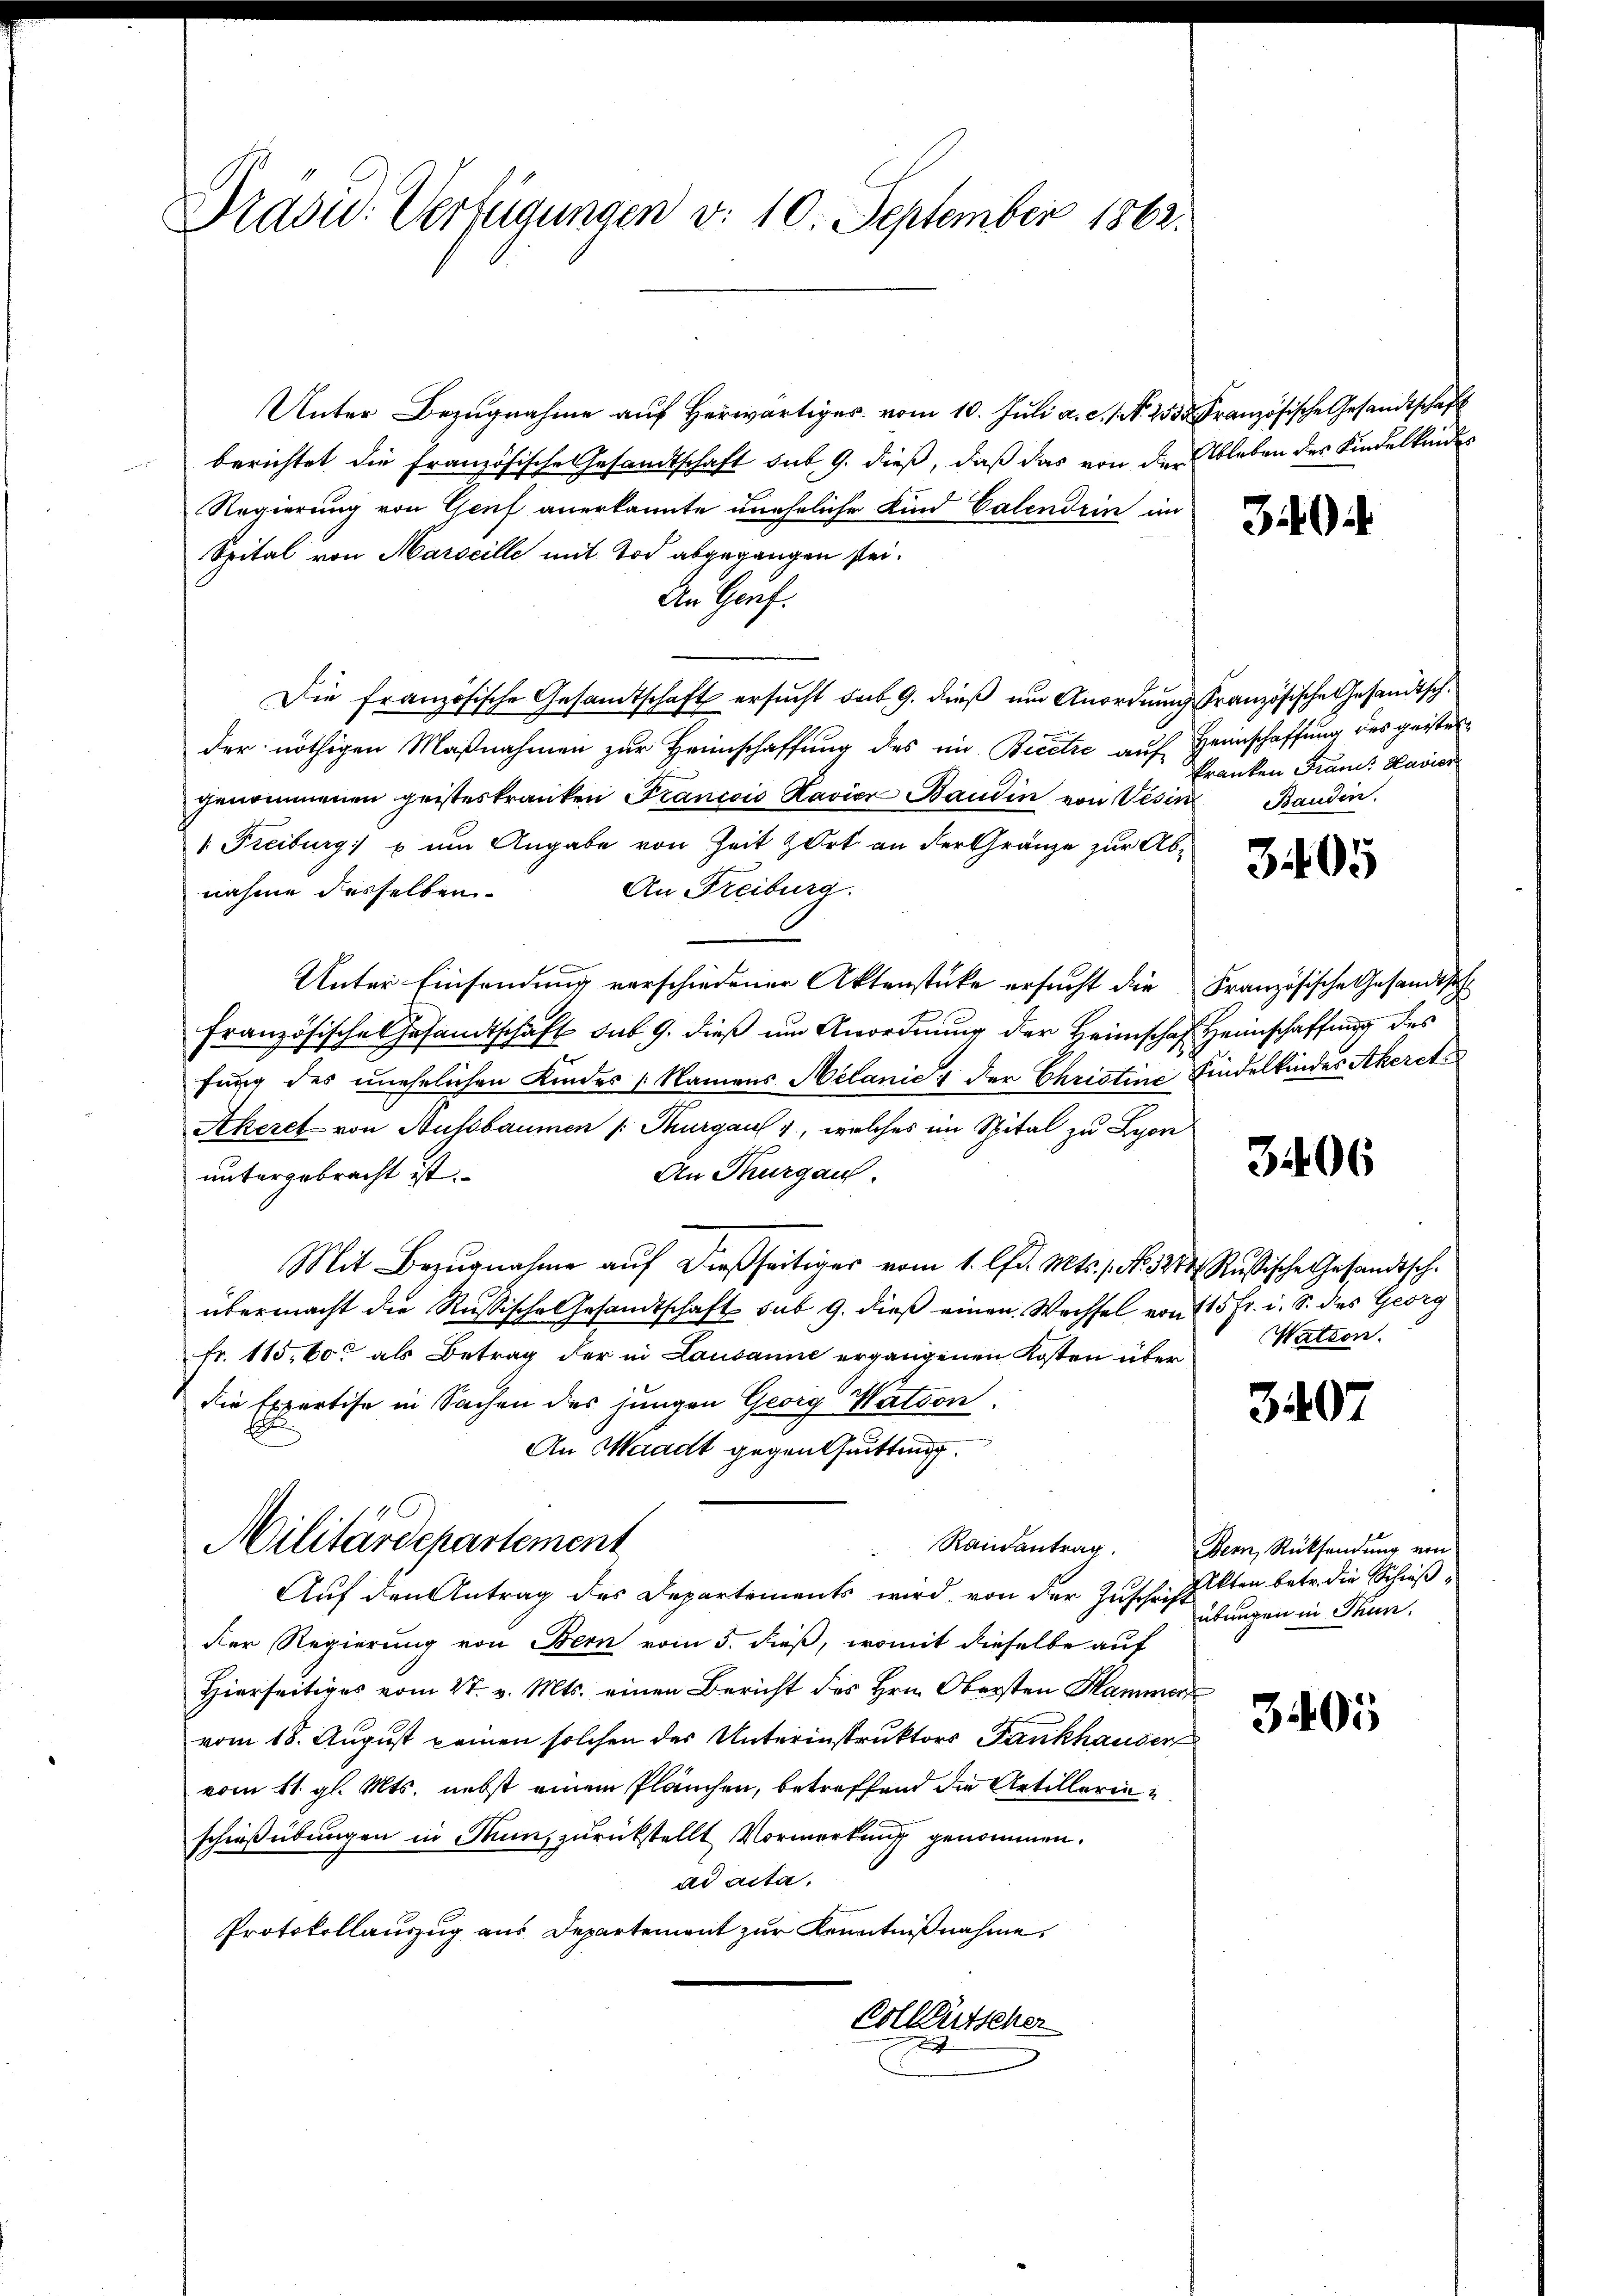
Brasid. Verfügungen v. 10. September 1862.

Unter Bezŭgnahme aŭf herwärtiger vom 10. Juli a.c. (N. 253 Französische Gesandtschaft
berichtet die Französische Gesandtschaft sut 9. dieß, daß das von der Ableben des Kindelkender
Regierung von Genf anerkannte uneheliche Kind Calendrin im
Spital von Marseille mit Tod abgegangen sei.
An Genf.
Die französische Gesamtschaft ersucht dab. 9. dieß um Anordnung französische Gesandtschder nöthigen Maßnahmen zur Heimschaffung des in Bicetze auf Heimschaffung des geister
genommenen geisteskranken Francois Kavier Baudin von Vesin
 Freiburg) u um Angabe von Zeit zart an der Gränze zur Ab¬
An Freiburg.
nahme desselben.
Unter Einsendung verschiedener Aktenstücke ersucht die Französische Gesandtsch
Französische Gesandtschaft sub 9. dieß um Anordnung der Heimschaf Heimschaffung des
fung des unehelichen Kindes Namens Melanić der Christine Kindelkinder Akeret
Akeret von Aussbaumen /: Thurgau, welches im Spital zu Lyon
An Thurgau.
untergebracht ist.
Mit Bezŭgnahme aŭf dießseitiger vom 1. lfd. Mts., N. 284, Rußische Gesandtsch-
übermacht die Russische Gesandtschaft sub 9. dieß einen Wechsel von 15 fr. i. S. des Georg
Fr. 115,60 als Betrag der in Lausanne ergangenen Kosten über
die Expertise in Sachen des jungen Georg Wation.
E
An Waadt gegen trittung.
Militärdepartement
Randantrag.
Auf den Antrag des Departements wird von der Zuschrift
der Regierung von Bern vom 5. dieß, womit dieselbe auf
Hierseitiges vom 27. v. Mts. einen Bericht des Hrn. Obersten Hammer
vom 18. August keinen solchen des Unterinstruktors Fankhauser
vom 11. gl. Mts. nebst einem Plänchen, betreffend die Artillerinschießübungen in Kunz zurückstellt Vormerkung genommen.
ad acta,
Protokollauszug aus Departement zur Kenntnißnahme.
Colleutscher

3

kranken Frand: Havier
Banden.

3405

3406

Wation.

3407

Bern, Rücksendung von
Akten betr. die Schießübungen in Thun.

3405